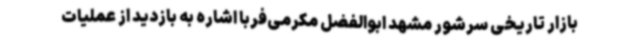
بازار تاریخی سرشور مشهد ابوالفضل مکرمی‌فربا اشاره به بازدید از عملیات